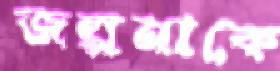
জল্পনাকে